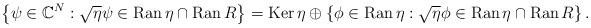
LaTeX: \begin{align*}\left\{ \psi\in\mathbb{C}^{N}:\sqrt{\eta}\psi\in\operatorname{Ran}\eta\cap\operatorname{Ran}R\right\}=\operatorname{Ker}\eta\oplus\left\{ \phi\in\operatorname{Ran}\eta:\sqrt{\eta}\phi\in\operatorname{Ran}\eta\cap\operatorname{Ran}R\right\} .\end{align*}